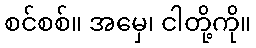
စင်စစ်။ အမှေ၊ ငါတို့ကို။